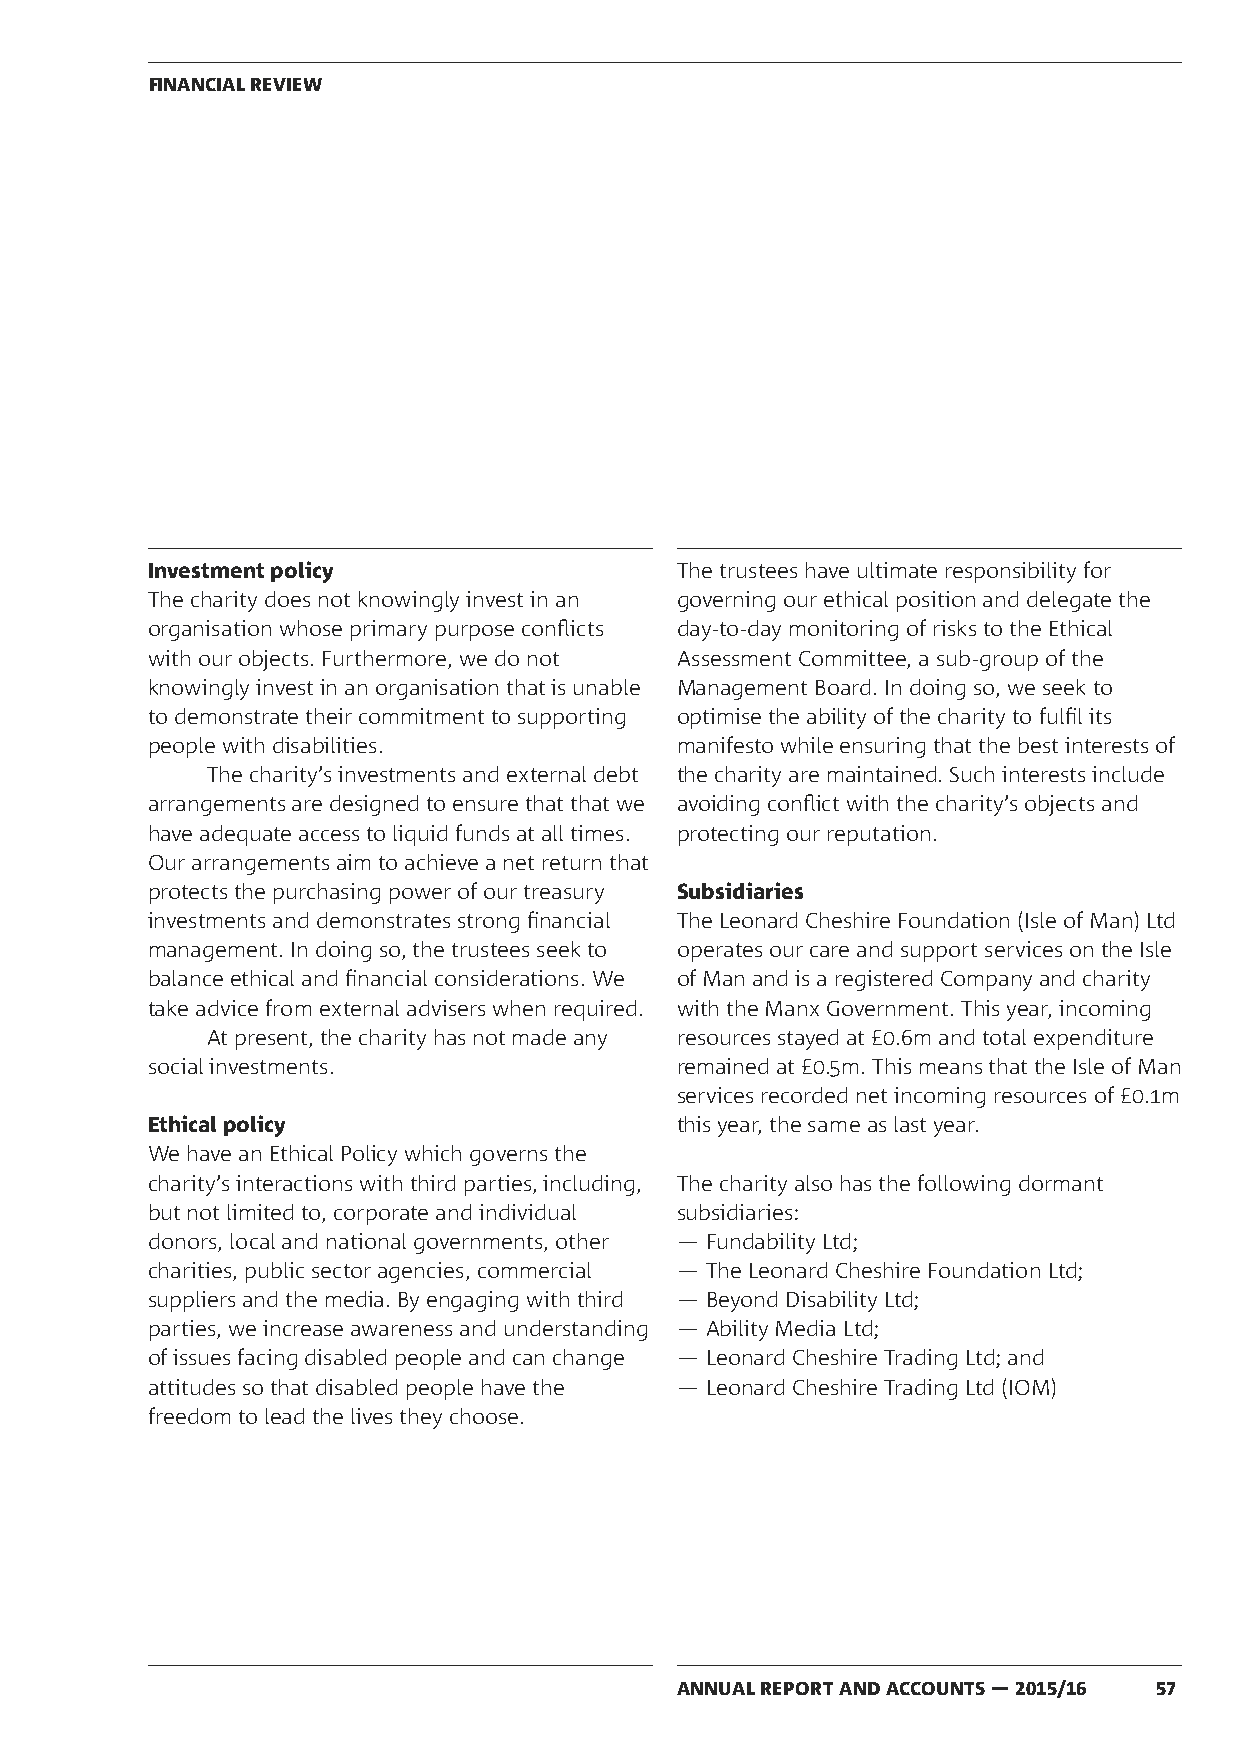
FINANCIAL REVIEW
 Investment policy                  The trustees have ultimate responsibility for
 The charity does not knowingly invest in an governing our ethical position and delegate the
 organisation whose primary purpose conflicts day-to-day monitoring of risks to the Ethical
 with our objects. Furthermore, we do not Assessment Committee, a sub-group of the
 knowingly invest in an organisation that is unable Management Board. In doing so, we seek to
 to demonstrate their commitment to supporting optimise the ability of the charity to fulfil its
 people with disabilities.          manifesto while ensuring that the best interests of
 The charity’s investments and external debt the charity are maintained. Such interests include
 arrangements are designed to ensure that that we avoiding conflict with the charity’s objects and
 have adequate access to liquid funds at all times. protecting our reputation.
 Our arrangements aim to achieve a net return that
 protects the purchasing power of our treasury Subsidiaries
 investments and demonstrates strong financial The Leonard Cheshire Foundation (Isle of Man) Ltd
 management. In doing so, the trustees seek to operates our care and support services on the Isle
 balance ethical and financial considerations. We of Man and is a registered Company and charity
 take advice from external advisers when required. with the Manx Government. This year, incoming
 At present, the charity has not made any resources stayed at £0.6m and total expenditure
 social investments.                remained at £0.5m. This means that the Isle of Man
 services recorded net incoming resources of £0.1m
 Ethical policy                     this year, the same as last year.
 We have an Ethical Policy which governs the
 charity’s interactions with third parties, including, The charity also has the following dormant
 but not limited to, corporate and individual subsidiaries:
 donors, local and national governments, other — Fundability Ltd;
 charities, public sector agencies, commercial — The Leonard Cheshire Foundation Ltd;
 suppliers and the media. By engaging with third — Beyond Disability Ltd;
 parties, we increase awareness and understanding — Ability Media Ltd;
 of issues facing disabled people and can change — Leonard Cheshire Trading Ltd; and
 attitudes so that disabled people have the — Leonard Cheshire Trading Ltd (IOM)
 freedom to lead the lives they choose.
 ANNUAL REPORT AND ACCOUNTS — 2015/16 57